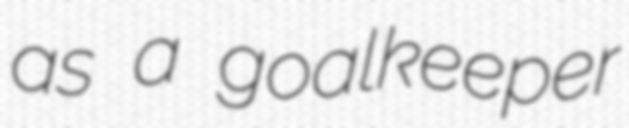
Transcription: as a goalkeeper